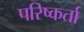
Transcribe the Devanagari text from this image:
परिष्कर्ता